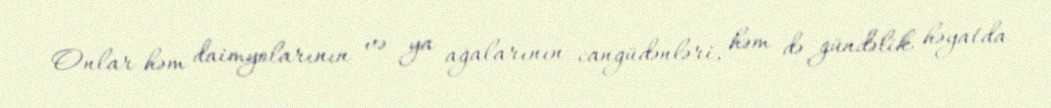
Onlar həm daimyolarının və ya ağalarının cangüdənləri, həm də gündəlik həyatda